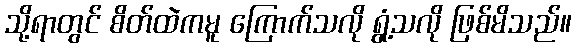
သို့ရာတွင် စိတ်ထဲကမူ ကြောက်သလို ရွံ့သလို ဖြစ်မိသည်။